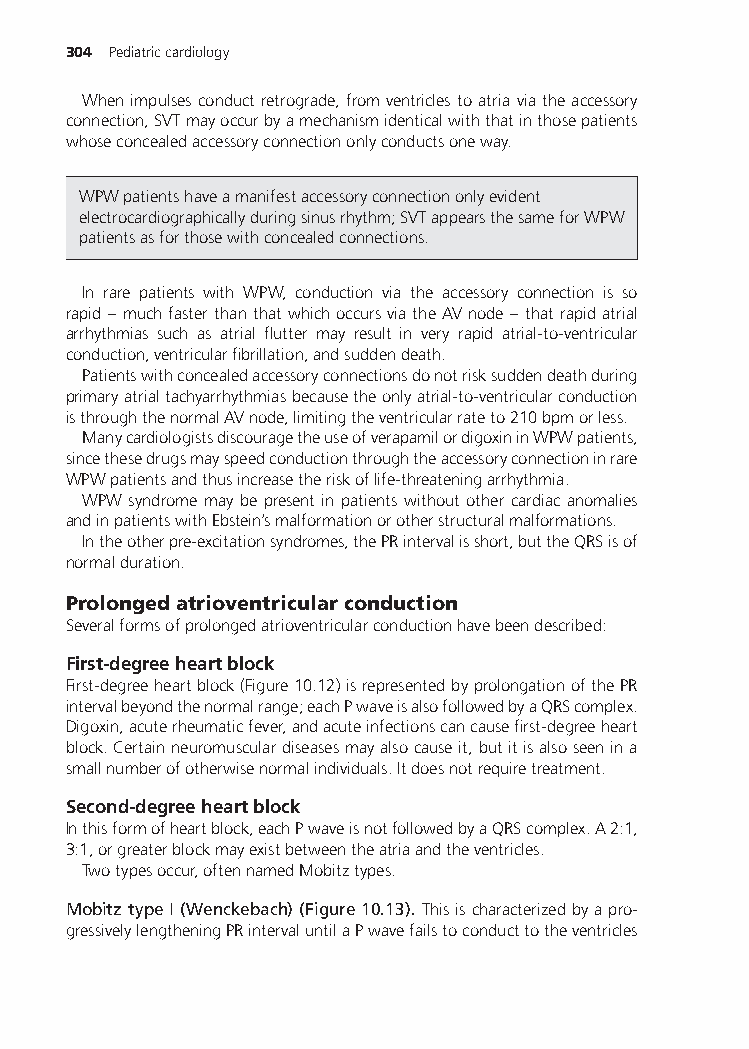
304 Pediatriccardiology
 Whenimpulsesconductretrograde,fromventriclestoatriaviatheaccessory
 connection,SVTmayoccurbyamechanismidenticalwiththatinthosepatients
 whoseconcealedaccessoryconnectiononlyconductsoneway.
 WPWpatientshaveamanifestaccessoryconnectiononlyevident
 electrocardiographicallyduringsinusrhythm;SVTappearsthesameforWPW
 patientsasforthosewithconcealedconnections.
 In rare patients with WPW, conduction via the accessory connection is so
 rapid – muchfasterthanthatwhichoccursviatheAVnode – thatrapidatrial
 arrhythmias such as atrial flutter may result in very rapid atrial-to-ventricular
 conduction,ventricularfibrillation,andsuddendeath.
 Patientswithconcealedaccessoryconnectionsdonotrisksuddendeathduring
 primaryatrialtachyarrhythmiasbecausetheonlyatrial-to-ventricularconduction
 isthroughthenormalAVnode,limitingtheventricularrateto210bpmorless.
 ManycardiologistsdiscouragetheuseofverapamilordigoxininWPWpatients,
 sincethesedrugsmayspeedconductionthroughtheaccessoryconnectioninrare
 WPWpatientsandthusincreasetheriskoflife-threateningarrhythmia.
 WPW syndrome may be present in patients without other cardiac anomalies
 andinpatientswithEbstein’smalformationorotherstructuralmalformations.
 Intheotherpre-excitationsyndromes,thePRintervalisshort,buttheQRSisof
 normalduration.
 Prolongedatrioventricularconduction
 Severalformsofprolongedatrioventricularconductionhavebeendescribed:
 First-degreeheartblock
 First-degreeheartblock(Figure10.12)isrepresentedbyprolongationofthePR
 intervalbeyondthenormalrange;eachPwaveisalsofollowedbyaQRScomplex.
 Digoxin,acuterheumaticfever,andacuteinfectionscancausefirst-degreeheart
 block.Certainneuromusculardiseasesmayalsocauseit,butitisalsoseenina
 smallnumberofotherwisenormalindividuals.Itdoesnotrequiretreatment.
 Second-degreeheartblock
 Inthisformofheartblock,eachPwaveisnotfollowedbyaQRScomplex.A2:1,
 3:1,orgreaterblockmayexistbetweentheatriaandtheventricles.
 Twotypesoccur,oftennamedMobitztypes.
 MobitztypeI(Wenckebach)(Figure10.13). Thisischaracterizedbyapro-
 gressivelylengtheningPRintervaluntilaPwavefailstoconducttotheventricles